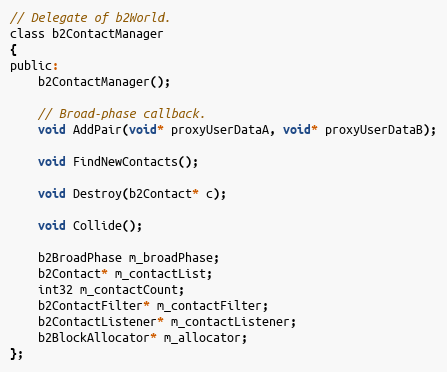
Language: C
// Delegate of b2World.
class b2ContactManager
{
public:
	b2ContactManager();

	// Broad-phase callback.
	void AddPair(void* proxyUserDataA, void* proxyUserDataB);

	void FindNewContacts();

	void Destroy(b2Contact* c);

	void Collide();

	b2BroadPhase m_broadPhase;
	b2Contact* m_contactList;
	int32 m_contactCount;
	b2ContactFilter* m_contactFilter;
	b2ContactListener* m_contactListener;
	b2BlockAllocator* m_allocator;
};